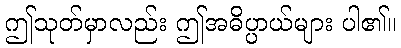
ဤသုတ်မှာလည်း ဤအဓိပ္ပာယ်များ ပါ၏။